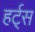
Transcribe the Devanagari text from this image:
हर्ट्‌स